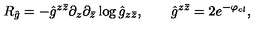
R _ { \hat { g } } = - { \hat { g } } ^ { z \bar { z } } \partial _ { z } \partial _ { \bar { z } } \log { \hat { g } } _ { z \bar { z } } , \qquad \hat { g } ^ { z \bar { z } } = 2 e ^ { - \varphi _ { c l } } ,